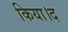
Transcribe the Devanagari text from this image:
किया।द